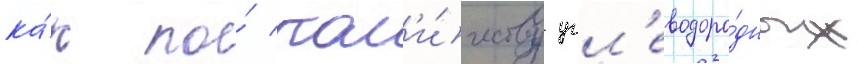
ка́к по́ кол'и́честву угл'еводоро́дных